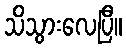
သိသွားလေပြီ။